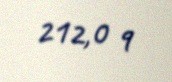
212,0 q